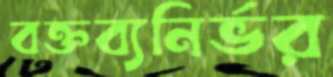
বক্তব্যনির্ভর